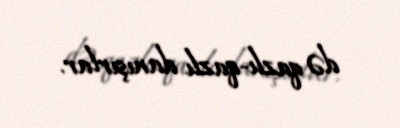
də qazlı-qazlı danışırlar.